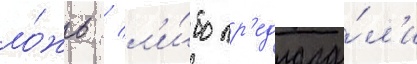
ло́жь / л'и́бо пр'едлага́л'и